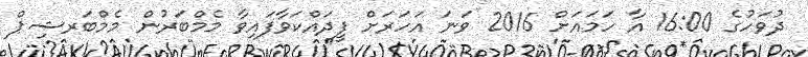
ދުވަހުގެ 16:00 އާ ހަމައަށް 2016 ވަނަ އަހަރަށް ފީދައްކަވާފައިވާ މެމްބަރުން މެމްބަރޝިޕް